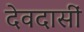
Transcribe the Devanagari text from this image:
देवदासीं